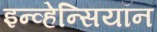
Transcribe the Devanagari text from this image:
इन्व्हेन्सियॉन